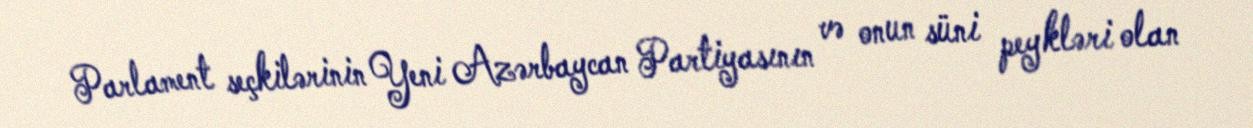
Parlament seçkilərinin Yeni Azərbaycan Partiyasının və onun süni peykləri olan